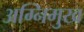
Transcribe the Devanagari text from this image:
अग्निमुख